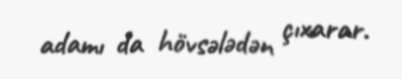
adamı da hövsələdən çıxarar.